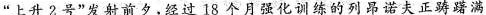
”上升2号”发射前夕，经过18个月强化训练的列昂诺夫正踌躇满